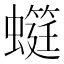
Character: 䗴